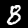
Digit: 8